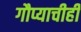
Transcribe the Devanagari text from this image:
गौप्याचीही